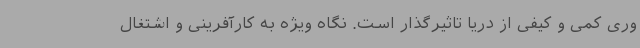
وری کمی و کیفی از دریا تاثیرگذار است. نگاه ویژه به کارآفرینی و اشتغال